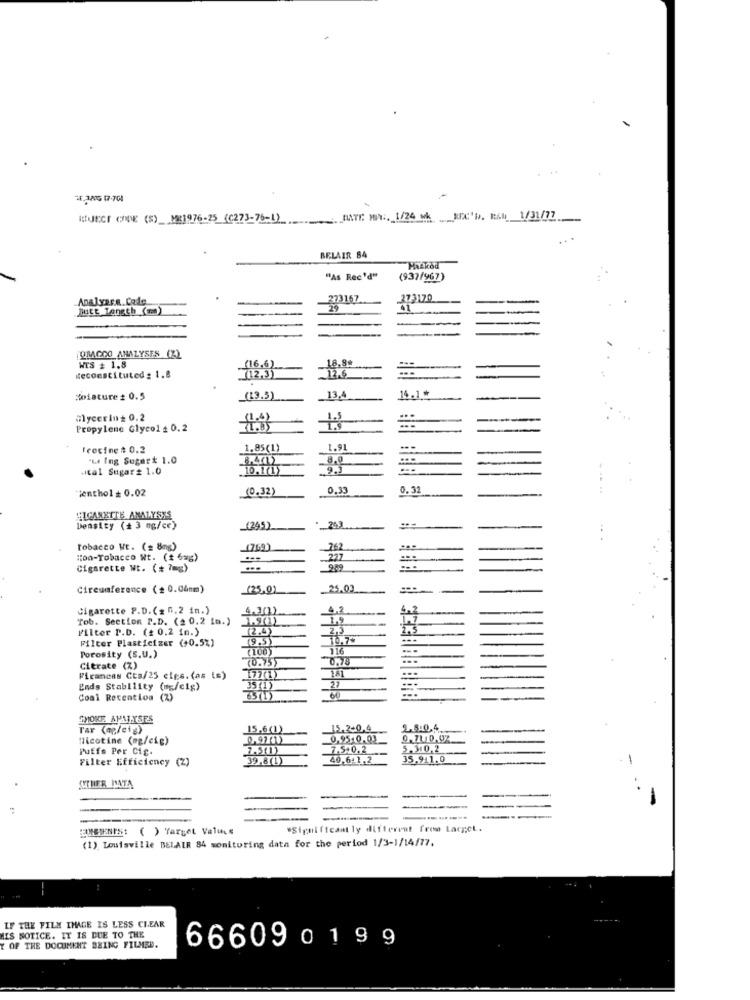
REJECT CODE (S)_ME1976-25 (C273-76-1) MATE MA. 1/24 h KEX'b. R&b 1/31/77
BELAIR 84
Hazkod
"As Rec'd"
(937/967)
Analyace Colo
273167.
Jutt Length ()
QMAGOO ANALYSES (Z)
18,8#
WES # 1.8
(16.6)
12.6
Reconstituted : 1.8
(12,3)
Moisture # 0.5
(13.5)
13,4
14 .1 .*
Glycerin= 0.2
Propylene Glycol _ 0.2
Fcocine # 0.2
1.85(1)
1.91
"LA Ing Sugart 1.0
8.401)
...
utal Sugar # 1.0
10.1(1)
jenthol = 0.02
(0.32)
0,33
0.32
"ICANETTE ANALYSIS
---
Density (+3 mg/ce)
_(295)
Tobacco Mt. (= 8mg)
(769)
Hon-Tobacco Nt. (# 6mg)
227
Cigarette Nt. (+ 7=g)
989
Circumference (+ 0.04mm)
(25,01
Cigarette P.D. (= 5.2 in.)
4.30)
4,2
Tob. Section P.D. (2 0.2 in.)
1.9(1)
1.9
1.7
Filter P.D. ( 0.2 in.)
(2.4)
2.5
Filter Plasticizer (+0.5%)
(9.5)
10.77
(100)
116
Porosity (S.U.)
(0.73)
0.78
-
...
Citrate (Z)
141
...
Firancas Cts/25 cips. (as ts)
177(1)
27
---
Ends Stability (mg/cig)
35 (1)
Coal Retention (2)
65(1)
60
SMOKE ANALYSES
Tar (ap/cig)
15,6(1)
15.2-0,4
1.5.0.4.
Nicotine (og/cig)
0,97 (1)
0.95-0.03
0.71 0.07
Puffs Per Cig.
7.5+0.2
5.310,2
Filter Efficiency (2)
39.8(1)
40,641.2
35.941.0
-
OTHER DATA
----
COMBIENIS: ( ) Target Values
"Significantly different from Largel.
(1) Louisville BELAIR 84 monitoring data for the period 1/3-1/14/77.
--
IF THE FILM IMAGE IS LESS CLEAR
HIS NOTICE. IT IS DUE TO THE
Y OF THE DOCUMENT BEING FILMED.
666090199